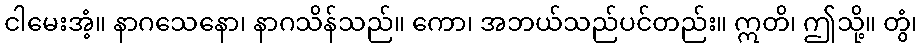
ငါမေးအံ့။ နာဂသေနော၊ နာဂသိန်သည်။ ကော၊ အဘယ်သည်ပင်တည်း။ ဣတိ၊ ဤသို့။ တွံ၊